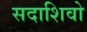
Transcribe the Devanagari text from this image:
सदाशिवो